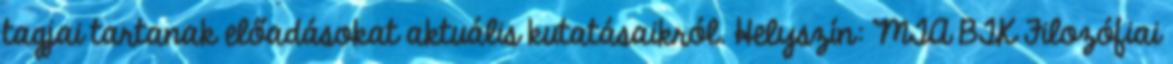
tagjai tartanak előadásokat aktuális kutatásaikról. Helyszín: MTA BTK Filozófiai